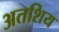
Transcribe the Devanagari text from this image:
अतशिय